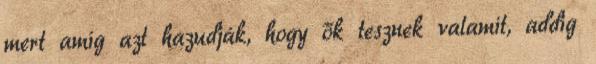
mert amíg azt hazudják, hogy ők tesznek valamit, addig